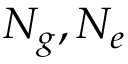
N _ { g } , N _ { e }